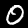
Digit: 0